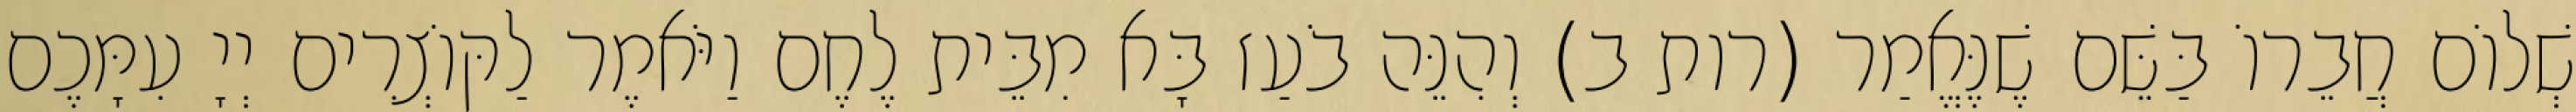
שְׁלוֹם חֲבֵרוֹ בַּשֵּׁם שֶׁנֶּאֱמַר (רות ב) וְהִנֵּה בֹעַז בָּא מִבֵּית לֶחֶם וַיֹּאמֶר לַקּוֹצְרִים יְיָ עִמָּכֶם